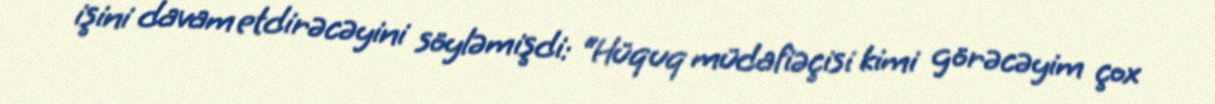
işini davam etdirəcəyini söyləmişdi: “Hüquq müdafiəçisi kimi görəcəyim çox